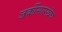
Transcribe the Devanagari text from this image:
जर्कीसारखेच